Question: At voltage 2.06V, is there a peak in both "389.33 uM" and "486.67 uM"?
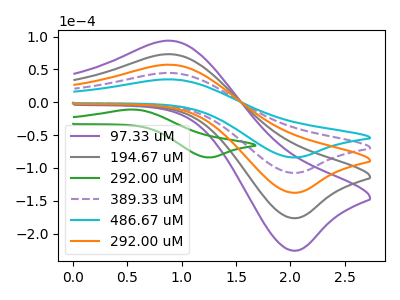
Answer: <think>The purple curve "97.33 uM" has an anodic peak at (0.90V, 178.40uA) and a cathodic peak at (2.05V, -430.05uA). The gray curve "194.67 uM" has an anodic peak at (0.90V, 133.80uA) and a cathodic peak at (2.05V, -322.55uA). The green curve "292.00 uM" has an anodic peak at (0.55V, -11.10uA) and a cathodic peak at (1.25V, -84.00uA). The purple dashed curve "389.33 uM" has an anodic peak at (0.90V, 44.60uA) and a cathodic peak at (2.05V, -107.50uA). The cyan curve "486.67 uM" has an anodic peak at (0.90V, 34.85uA) and a cathodic peak at (2.05V, -83.95uA). The orange curve "292.00 uM" has an anodic peak at (0.90V, 89.20uA) and a cathodic peak at (2.05V, -215.05uA).</think>
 <answer>Yes, "389.33 uM" and "486.67 uM" share a peak at 2.06V.</answer>
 <eval>match</eval>